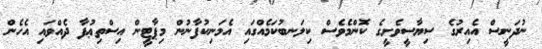
ނުދަނީސް އެއިރުގެ ސިޔާސީވެށީގެ ކޮންމެވެސް ކިލަނބުކަމެއްގައި އެމަނިކުފާނުން މިޕާޓީން އިސްތިޢުފާ ދެއްވައި އެހެން